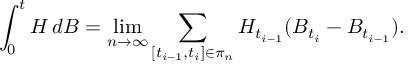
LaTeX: \int _ { 0 } ^ { t } H \, d B = \operatorname* { l i m } _ { n \rightarrow \infty } \sum _ { [ t _ { i - 1 } , t _ { i } ] \in \pi _ { n } } H _ { t _ { i - 1 } } ( B _ { t _ { i } } - B _ { t _ { i - 1 } } ) .